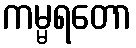
ကမ္မရတော